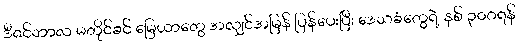
ဒီဇင်ဘာလ မတိုင်ခင် မြေယာတွေ အလျှင်အမြန် ပြန်ပေးပြီး ဒေသခံတွေရဲ့ နှစ် ၃၀ဂရန်